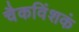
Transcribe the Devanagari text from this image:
चैकविंशकं